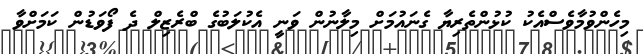
މިހެންވުމާވެސްއެކު ކުޅުންތެރިޔާ ގެނައުމަށް މިލާނުން ވަނީ އެކުލަބުގެ ބްރެޒިލް ދެ ފޯވަޑުން ކަމަށްވާ